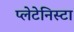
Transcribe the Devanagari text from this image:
प्‍लेटेनिस्‍टा